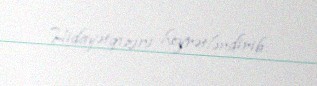
Hidayətqızını heyrətləndirib.